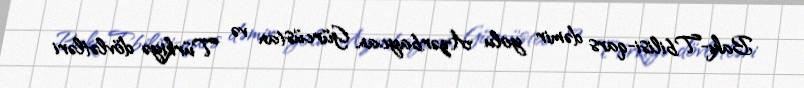
Bakı-Tbilisi-qars dəmir yolu Azərbaycan, Gürcüstan və Türkiyə dövlətləri